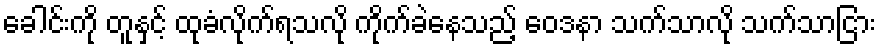
ခေါင်းကို တူနှင့် ထုခံလိုက်ရသလို ကိုက်ခဲနေသည့် ဝေဒနာ သက်သာလို သက်သာငြား